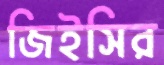
জিইসির